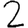
Digit: 2